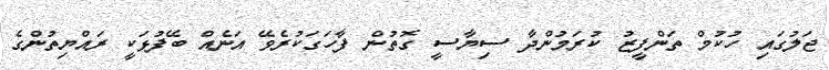
ޖަލުގައި ހުކުމް ތަންފީޒު ކުރަމުންދާ ސިޔާސީ ގޮތުން ފާހަގަކުރެވޭ އަނެއް ބޭފުޅަކީ ރައްޔިތުންގެ